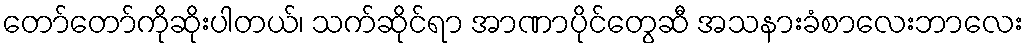
တော်တော်ကိုဆိုးပါတယ်၊ သက်ဆိုင်ရာ အာဏာပိုင်တွေဆီ အသနားခံစာလေးဘာလေး